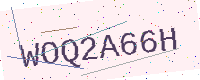
Text: WOQ2A66H